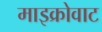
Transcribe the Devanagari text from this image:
माइक्रोवाट